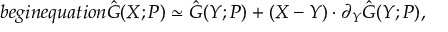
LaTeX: b e g i n { e q u a t i o n } \hat { G } ( X ; P ) \simeq \hat { G } ( Y ; P ) + ( X - Y ) \cdot \partial _ { Y } \hat { G } ( Y ; P ) ,